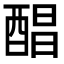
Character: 𮠰